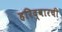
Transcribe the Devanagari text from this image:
हरिद्वारची